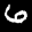
Label: 6